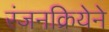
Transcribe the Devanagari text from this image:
रंजनक्रियेने